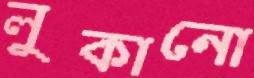
লুকানো